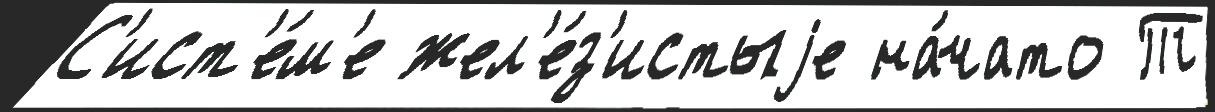
С'ист'е́м'е жел'е́з'истыjе на́чато Т